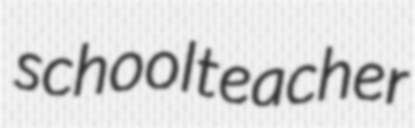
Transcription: schoolteacher